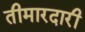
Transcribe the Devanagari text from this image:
तीमारदारी